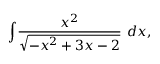
\int \! { \frac { x ^ { 2 } } { \sqrt { - x ^ { 2 } + 3 x - 2 } } } \ d x ,